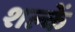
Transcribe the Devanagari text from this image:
शल्कें